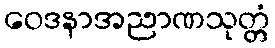
ဝေဒနာအညာဏသုတ္တံ